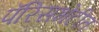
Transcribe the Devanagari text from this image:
पॅरिसभेटीत